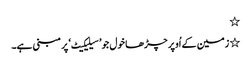
٭
٭ زمین کے اُوپر چڑھا خول جو ’سیلیکیٹ‘ پر مبنی ہے۔